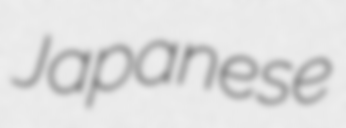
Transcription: Japanese